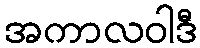
အကာလဝါဒီ